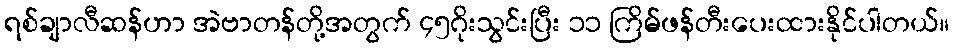
ရစ်ချာလီဆန်ဟာ အဲဗာတန်တို့အတွက် ၄၅ဂိုးသွင်းပြီး ၁၁ ကြိမ်ဖန်တီးပေးထားနိုင်ပါတယ်။